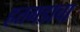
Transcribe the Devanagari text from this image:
हतगडाचा